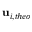
{ \bf { u } } _ { i , t h e o }